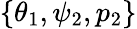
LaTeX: \{ \theta_{1},\psi_{2},p_{2}\}